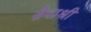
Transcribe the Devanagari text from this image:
सेवाश्री